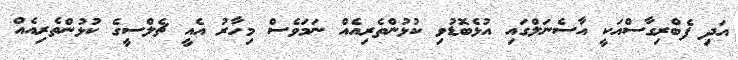
އަދި ފެބްރިގާސްއަކީ އާސެނަލްގައި އުޅެބޮޑުވި ކުޅުންތެރިއެއް ނަމަވެސް މިހާރު އެއީ ޗެލްސީގެ ކުޅުންތެރިއެއް